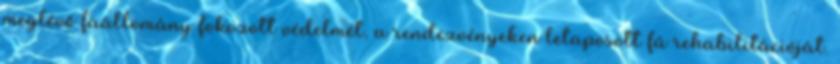
meglévő faállomány fokozott védelmét, a rendezvényeken letaposott fű rehabilitációját.